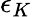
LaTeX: \epsilon_{K}